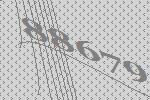
88679